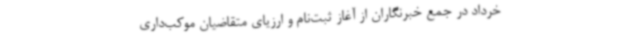
خرداد در جمع خبرنگاران از آغاز ثبت‌نام و ارزیای متقاضیان موکب‌داری